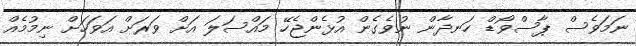
ނަމަވެސް ޕާސްވޯޑް ހަނދާން ނުވެގެން އުޅެންޖެހޭ މައްސަލަ އަށް ވަރަށް އަވަހަށް ނިމުމެއް